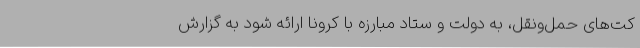
کت‌های حمل‌ونقل، به دولت و ستاد مبارزه با کرونا ارائه شود به گزارش